Vaccination in Burma 1912-1922 - 1912-1922
Year: 1912
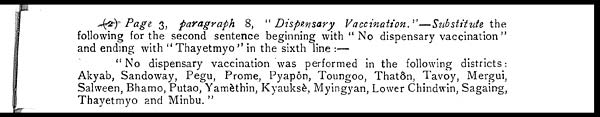
(2) Page 3, paragraph 8, "Dispensary
Vaccination."—Substitute the
following for the second sentence beginning with " No dispensary vaccination "
and ending with "Thayetmyo" in the sixth line :—
" No dispensary vaccination was performed in the following districts:
Akyab, Sandoway, Pegu, Prome, Pyapôn, Toungoo, Thatôn, Tavoy, Mergui,
Salween, Bhamo, Putao, Yamèthin, Kyauksè, Myingyan, Lower Chindwin, Sagaing,
Thayetmyo and Minbu. "